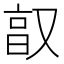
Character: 𫩂